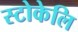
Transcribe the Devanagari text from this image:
स्टोकेलि